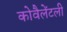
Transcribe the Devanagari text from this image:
कोवैलेंटली